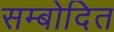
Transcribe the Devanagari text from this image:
सम्बोदित